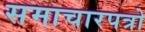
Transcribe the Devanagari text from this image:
समाचारपत्रो